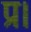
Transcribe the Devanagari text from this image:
प्र।